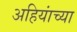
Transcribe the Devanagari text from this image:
अहियांच्या